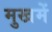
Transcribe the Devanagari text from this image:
मुखमें